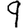
Digit: 9